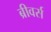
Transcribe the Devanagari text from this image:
ब्रीवर्स